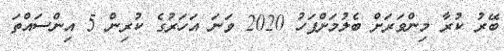
ބޭރު ކުރާ މިންވަރަށް ބެލުމަށްފަހު 2020 ވަނަ އަހަރުގެ ކުރިން 5 އިންސައްތަ